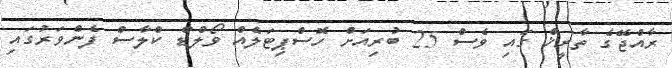
ރާއްޖޭގެ ތާރީޚް ގައި ވެސް 25 ބުރިއަށް ހޮސްޕިޓަލެއް ވޯލްޑް ކްލާސް ފެންވަރުގައި